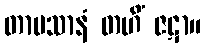
တာပသာနံ တဟိံ ဇဋာ။